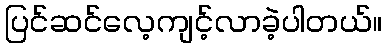
ပြင်ဆင်လေ့ကျင့်လာခဲ့ပါတယ်။